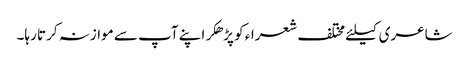
شاعری کیلئے مختلف شعراء کو پڑھکر اپنے آپ سے موازنہ کرتا رہا۔